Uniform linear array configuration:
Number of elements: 48
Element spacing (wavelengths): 0.5
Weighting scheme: kaiser
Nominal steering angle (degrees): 15
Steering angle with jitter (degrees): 16.82
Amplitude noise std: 0.05
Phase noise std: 0.05

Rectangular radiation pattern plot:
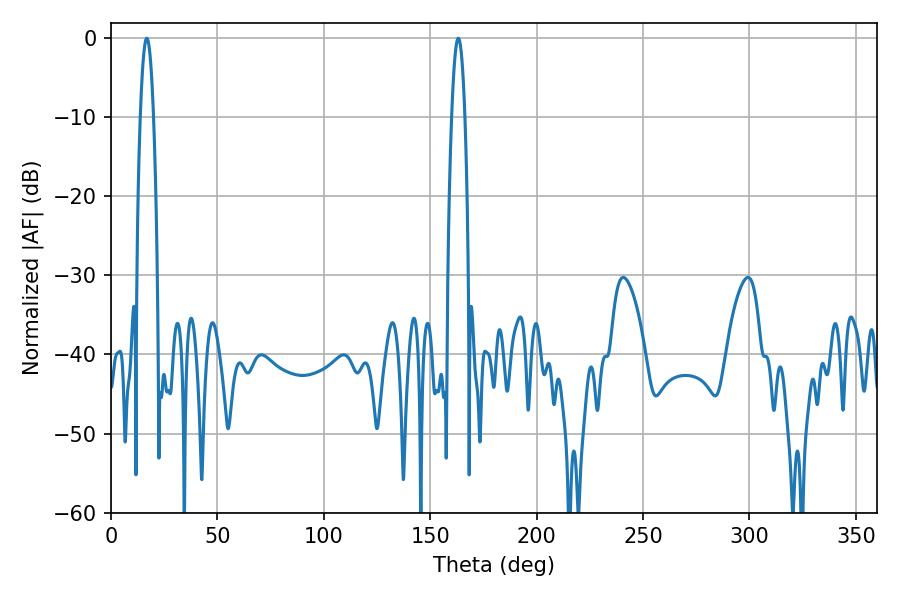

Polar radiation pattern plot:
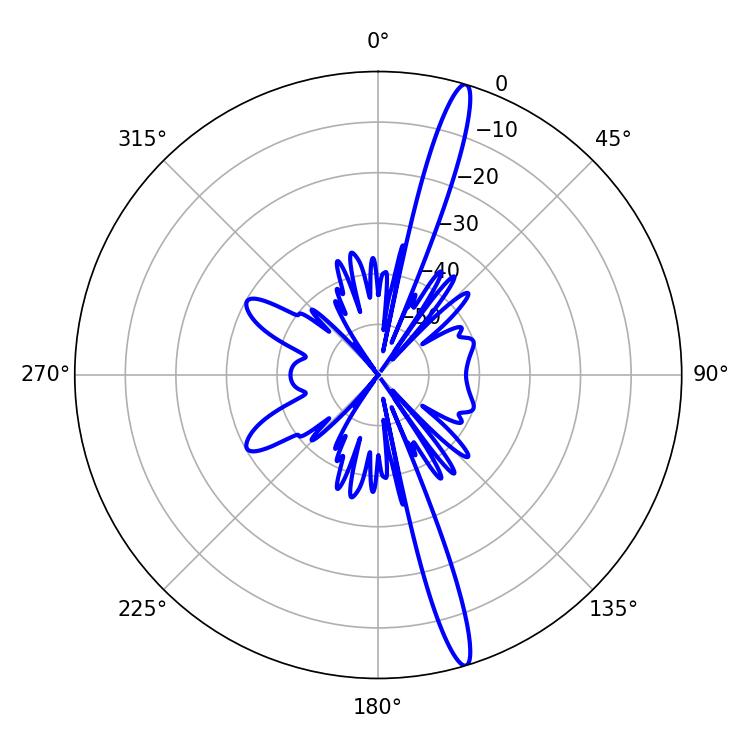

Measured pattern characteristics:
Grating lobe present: FALSE
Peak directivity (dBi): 17.277
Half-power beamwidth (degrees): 3.42
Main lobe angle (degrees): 163.26